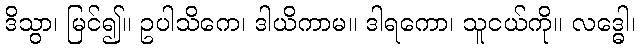
ဒိသွာ၊ မြင်၍။ ဥပါသိကေ၊ ဒါယိကာမ။ ဒါရကော၊ သူငယ်ကို။ လဒ္ဓေါ၊